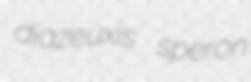
diazeuxis speron